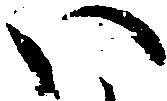
い